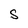
Character: S